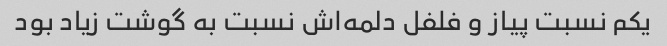
یکم نسبت پیاز و فلفل دلمه‌اش نسبت به گوشت زیاد بود